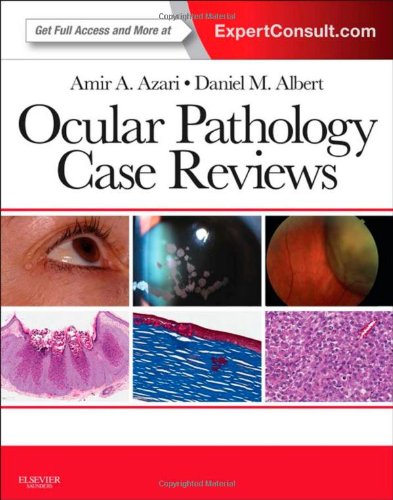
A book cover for Ocular Pathology Case Reviews: Expert Consult - Online and Print, 1e; Amir A. Azari MD; Medical Books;